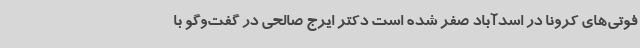
فوتی‌های کرونا در اسدآباد صفر شده است دکتر ایرج صالحی در گفت‌وگو با